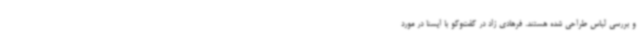
و بررسی لباس طراحی شده هستند. فرهادی زاد در گفت‌وگو با ایسنا در مورد